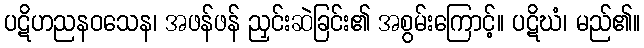
ပဋိဟညနဝသေန၊ အဖန်ဖန် ညှင်းဆဲခြင်း၏ အစွမ်းကြောင့်။ ပဋိဃံ၊ မည်၏။